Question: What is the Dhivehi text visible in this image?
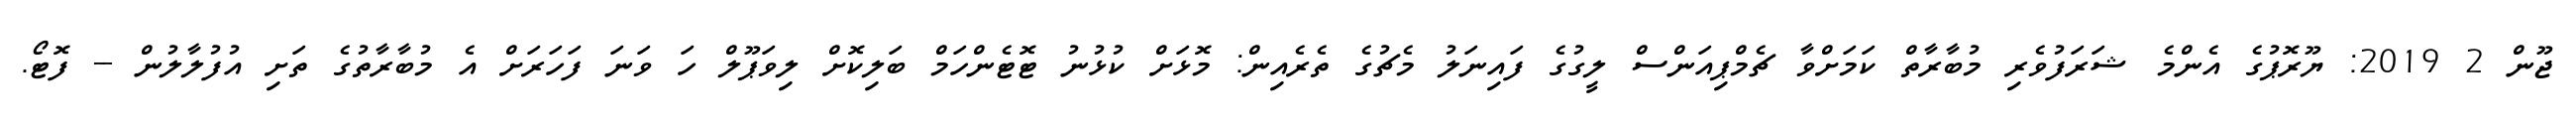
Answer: ޖޫން 2 2019: ޔޫރޮޕުގެ އެންމެ ޝަރަފުވެރި މުބާރާތް ކަމަށްވާ ޗެމްޕިއަންސް ލީގުގެ ފައިނަލު މެޗުގެ ތެރެއިން: މޮޅަށް ކުޅުނު ޓޮޓެންހަމް ބަލިކޮށް ލިވަޕޫލް ހަ ވަނަ ފަހަރަށް އެ މުބާރާތުގެ ތަށި އުފުލާލުން -- ފޮޓޯ.